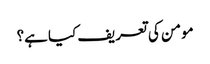
مومن کی تعریف کیا ہے؟